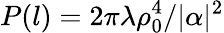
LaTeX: P(l)=2\pi\lambda\rho_{0}^{4}/|\alpha|^{2}